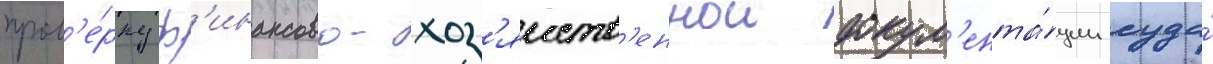
пров'е́рку ф'инансово-хоз'яиств'еннои докум'ента́ции суда́